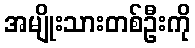
အမျိုးသားတစ်ဦးကို